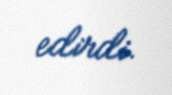
edirdi.